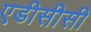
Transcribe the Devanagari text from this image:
एडीसीसी